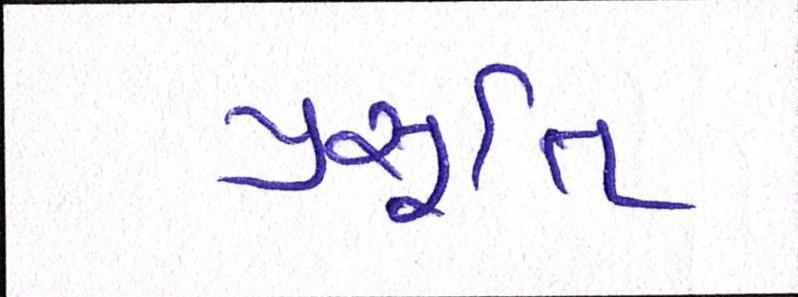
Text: પ્રસૂતિ